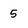
Character: 5